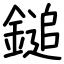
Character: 鎚